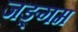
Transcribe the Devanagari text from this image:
जङ्गम